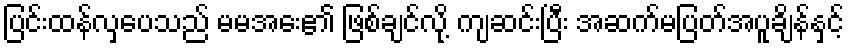
ပြင်းထန်လှပေသည် မမအေး၏ ဖြစ်ချင်လို့ ကျဆင်းပြီး အဆက်မပြတ်အပူချိန်နှင့်